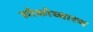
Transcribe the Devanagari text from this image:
लोकोच्चारण